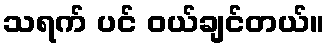
သရက် ပင် ဝယ်ချင်တယ်။